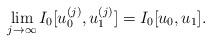
LaTeX: \begin{align*} \lim_{j\to \infty} I_0[u_0^{(j)},u_1^{(j)}] = I_0[u_0,u_1].\end{align*}